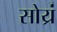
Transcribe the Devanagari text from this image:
सोय्रं